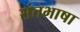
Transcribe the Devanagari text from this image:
संतभाषा